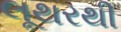
લૂથરથી